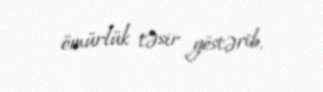
ömürlük təsir göstərib.